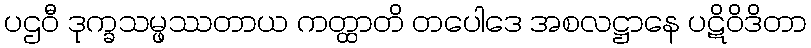
ပဌဝီ ဒုက္ခသမ္ဖဿတာယ ကတ္ထာတိ တပေါဒေ အစလဋ္ဌာနေ ပဋိဝိဒိတာ